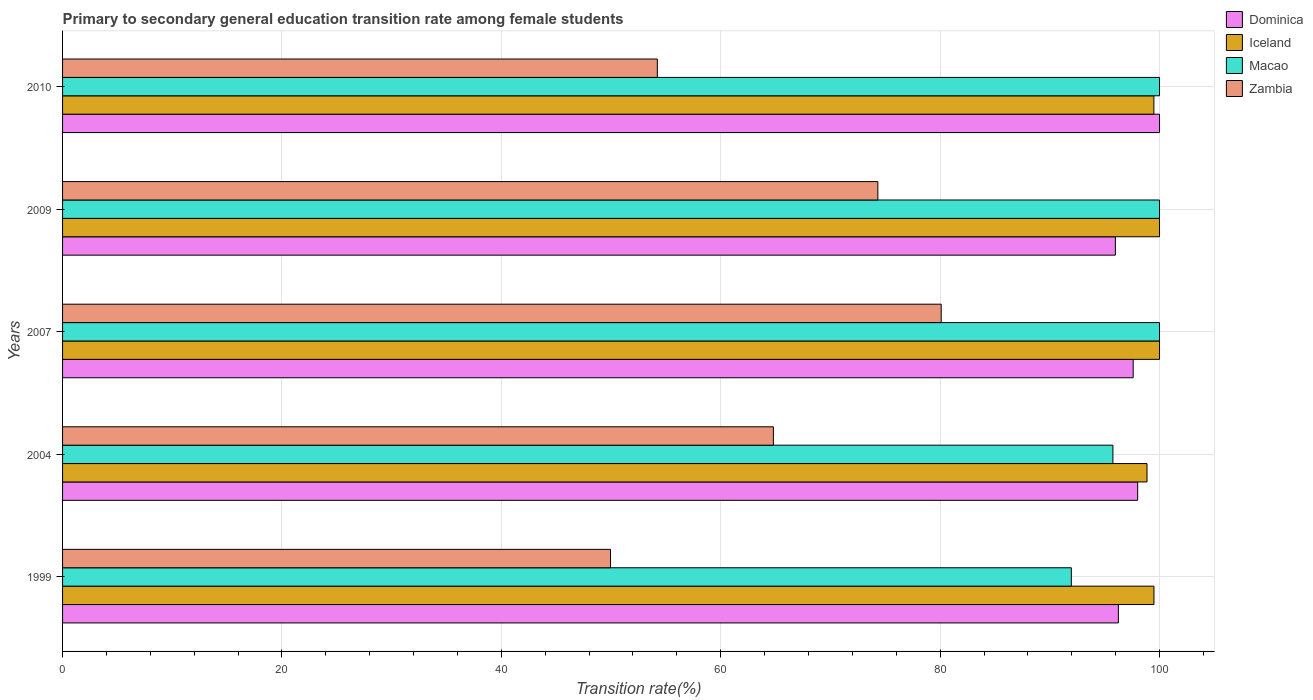
| Years | Dominica | Iceland | Macao | Zambia |
 | --- | --- | --- | --- | --- |
 | 1999 | 96.2 | 99.5 | 92 | 49.9 |
 | 2004 | 98 | 98.9 | 95.7 | 64.8 |
 | 2007 | 97.6 | 100 | 100 | 80.1 |
 | 2009 | 96 | 100 | 100 | 74.3 |
 | 2010 | 100 | 99.5 | 100 | 54.2 |